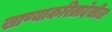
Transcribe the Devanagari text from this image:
खाण्याकरितादेखील